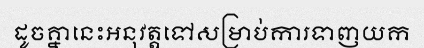
ដូចគ្នានេះអនុវត្តទៅសម្រាប់ការទាញយក